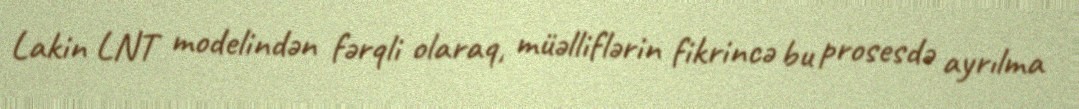
Lakin LNT modelindən fərqli olaraq, müəlliflərin fikrincə bu prosesdə ayrılma